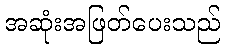
အဆုံးအဖြတ်ပေးသည်